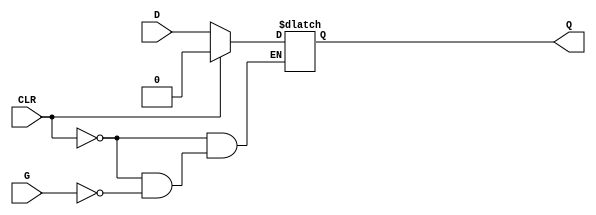
// Latch with Positive Gate and Asynchronous Reset
module latches (
                input G,
                input D,
                input CLR,
                output reg Q
               );
always @ *
begin
 if(CLR)
  Q = 0;
 else if(G)
  Q = D;
end

endmodule